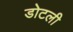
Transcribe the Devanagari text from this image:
डोटली